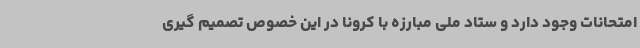
امتحانات وجود دارد و ستاد ملی مبارزه با کرونا در این خصوص تصمیم گیری